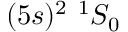
( 5 s ) ^ { 2 } ~ ^ { 1 } S _ { 0 }